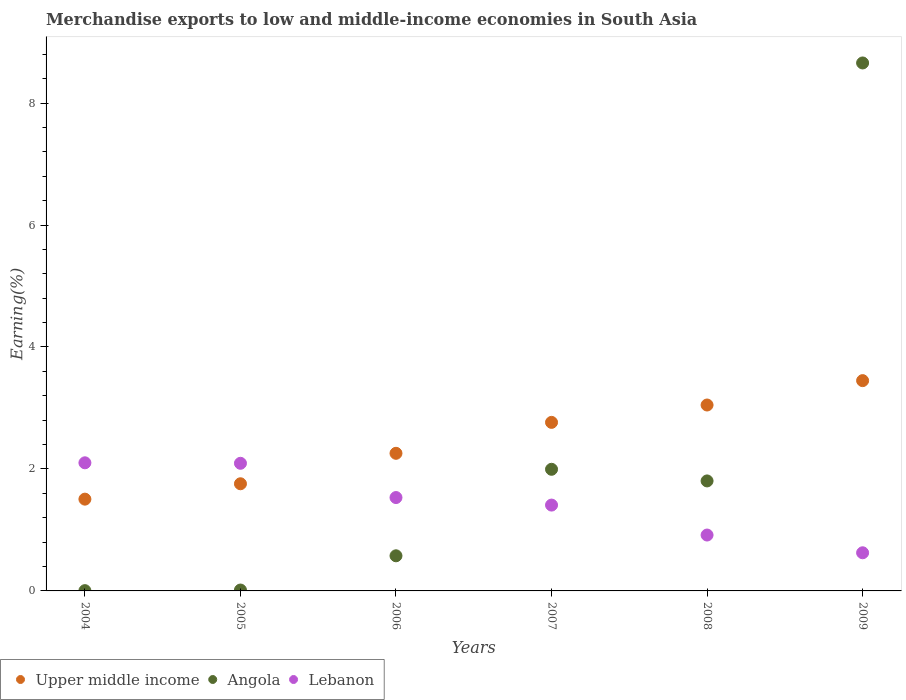
| Years | Upper middle income | Angola | Lebanon |
 | --- | --- | --- | --- |
 | 2004 | 1.5 | 0.00446 | 2.1 |
 | 2005 | 1.76 | 0.0145 | 2.09 |
 | 2006 | 2.26 | 0.576 | 1.53 |
 | 2007 | 2.76 | 1.99 | 1.41 |
 | 2008 | 3.05 | 1.8 | 0.916 |
 | 2009 | 3.45 | 8.66 | 0.625 |